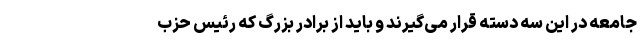
جامعه در این سه دسته قرار می‌گیرند و باید از برادر بزرگ که رئیس حزب